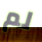
لم